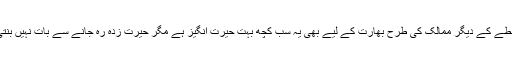
خطے کے دیگر ممالک کی طرح بھارت کے لیے بھی یہ سب کچھ بہت حیرت انگیز ہے مگر حیرت زدہ رہ جانے سے بات نہیں بنتی۔